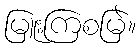
မြူးကြစမြဲ။